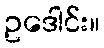
ဥဒေါင်း။